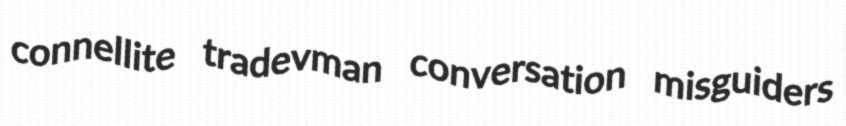
connellite tradevman conversation misguiders